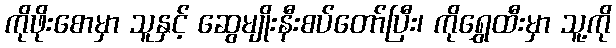
ကိုဖိုးစောမှာ သူနှင့် ဆွေမျိုးနီးစပ်တော်ပြီး၊ ကိုရွှေထီးမှာ သူ့ကို